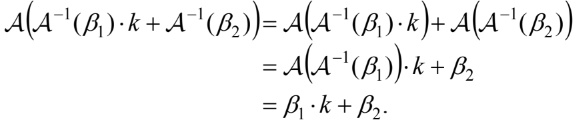
\[
\begin{align*}
\mathcal{A}(\mathcal{A}^{-1}(\beta_1)\cdot k + \mathcal{A}^{-1}(\beta_2))&=\mathcal{A}(\mathcal{A}^{-1}(\beta_1)\cdot k)+\mathcal{A}(\mathcal{A}^{-1}(\beta_2))\\
&=\mathcal{A}(\mathcal{A}^{-1}(\beta_1))\cdot k + \beta_2\\
&=\beta_1\cdot k + \beta_2.
\end{align*}
\]